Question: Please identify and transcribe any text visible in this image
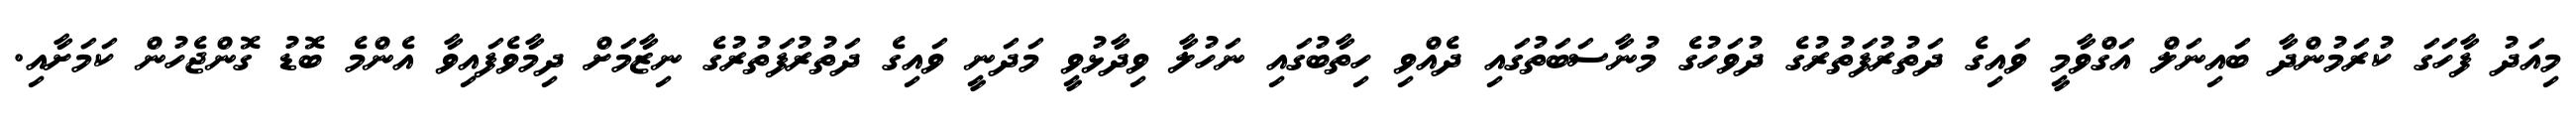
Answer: މިއަދު ފާހަގަ ކުރަމުންދާ ބައިނަލް އަގްވާމީ ވައިގެ ދަތުރުފަތުރުގެ ދުވަހުގެ މުނާސަބަތުގައި ދެއްވި ހިތާބުގައި ނަހުލާ ވިދާޅުވީ މަދަނީ ވައިގެ ދަތުރުފަތުރުގެ ނިޒާމަށް ދިމާވެފައިވާ އެންމެ ބޮޑު ގޮންޖެހުން ކަމަށާއި.